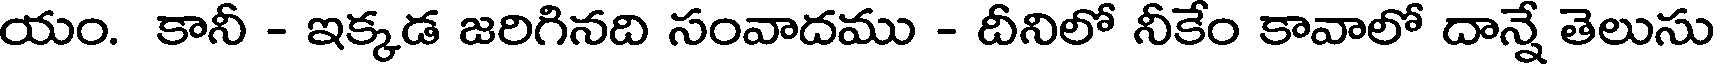
యం. కానీ - ఇక్కడ జరిగినది సంవాదము - దీనిలో నీకేం కావాలో దాన్నే తెలుసు